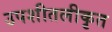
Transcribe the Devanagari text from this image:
उपशीतलीकृत